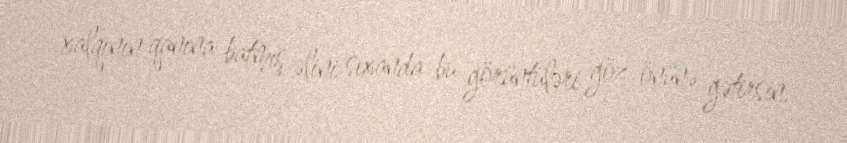
xalqının qanına batmış əlini sıxanda bu görüntüləri göz önünə gətirsin.